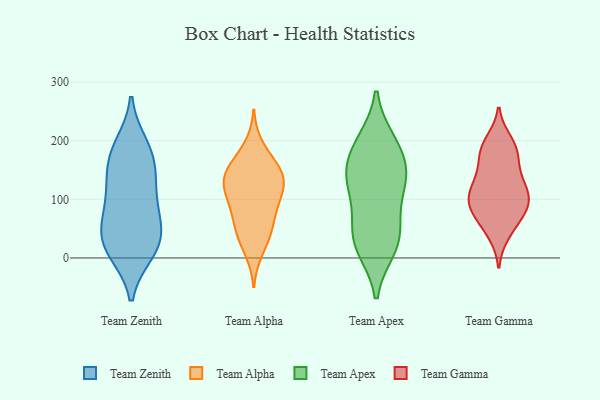
{"axis": {"x": "Headcount", "y": "Value"}, "legend": ["Team Alpha", "Team Apex", "Team Gamma", "Team Zenith"], "data": [{"x": "", "y": 185, "type": "Team Zenith"}, {"x": "", "y": 14, "type": "Team Zenith"}, {"x": "", "y": 145, "type": "Team Zenith"}, {"x": "", "y": 171, "type": "Team Zenith"}, {"x": "", "y": 141, "type": "Team Zenith"}, {"x": "", "y": 10, "type": "Team Zenith"}, {"x": "", "y": 81, "type": "Team Zenith"}, {"x": "", "y": 14, "type": "Team Zenith"}, {"x": "", "y": 46, "type": "Team Zenith"}, {"x": "", "y": 111, "type": "Team Zenith"}, {"x": "", "y": 192, "type": "Team Zenith"}, {"x": "", "y": 90, "type": "Team Zenith"}, {"x": "", "y": 47, "type": "Team Zenith"}, {"x": "", "y": 38, "type": "Team Zenith"}, {"x": "", "y": 150, "type": "Team Alpha"}, {"x": "", "y": 79, "type": "Team Alpha"}, {"x": "", "y": 125, "type": "Team Alpha"}, {"x": "", "y": 150, "type": "Team Alpha"}, {"x": "", "y": 12, "type": "Team Alpha"}, {"x": "", "y": 57, "type": "Team Alpha"}, {"x": "", "y": 42, "type": "Team Alpha"}, {"x": "", "y": 120, "type": "Team Alpha"}, {"x": "", "y": 79, "type": "Team Alpha"}, {"x": "", "y": 144, "type": "Team Alpha"}, {"x": "", "y": 37, "type": "Team Alpha"}, {"x": "", "y": 162, "type": "Team Alpha"}, {"x": "", "y": 109, "type": "Team Alpha"}, {"x": "", "y": 133, "type": "Team Alpha"}, {"x": "", "y": 106, "type": "Team Alpha"}, {"x": "", "y": 191, "type": "Team Alpha"}, {"x": "", "y": 193, "type": "Team Apex"}, {"x": "", "y": 137, "type": "Team Apex"}, {"x": "", "y": 198, "type": "Team Apex"}, {"x": "", "y": 49, "type": "Team Apex"}, {"x": "", "y": 136, "type": "Team Apex"}, {"x": "", "y": 27, "type": "Team Apex"}, {"x": "", "y": 128, "type": "Team Apex"}, {"x": "", "y": 137, "type": "Team Apex"}, {"x": "", "y": 27, "type": "Team Apex"}, {"x": "", "y": 17, "type": "Team Apex"}, {"x": "", "y": 80, "type": "Team Apex"}, {"x": "", "y": 178, "type": "Team Apex"}, {"x": "", "y": 199, "type": "Team Gamma"}, {"x": "", "y": 125, "type": "Team Gamma"}, {"x": "", "y": 89, "type": "Team Gamma"}, {"x": "", "y": 175, "type": "Team Gamma"}, {"x": "", "y": 83, "type": "Team Gamma"}, {"x": "", "y": 102, "type": "Team Gamma"}, {"x": "", "y": 141, "type": "Team Gamma"}, {"x": "", "y": 81, "type": "Team Gamma"}, {"x": "", "y": 118, "type": "Team Gamma"}, {"x": "", "y": 145, "type": "Team Gamma"}, {"x": "", "y": 88, "type": "Team Gamma"}, {"x": "", "y": 175, "type": "Team Gamma"}, {"x": "", "y": 109, "type": "Team Gamma"}, {"x": "", "y": 69, "type": "Team Gamma"}, {"x": "", "y": 189, "type": "Team Gamma"}, {"x": "", "y": 48, "type": "Team Gamma"}, {"x": "", "y": 41, "type": "Team Gamma"}, {"x": "", "y": 109, "type": "Team Gamma"}, {"x": "", "y": 190, "type": "Team Gamma"}]}